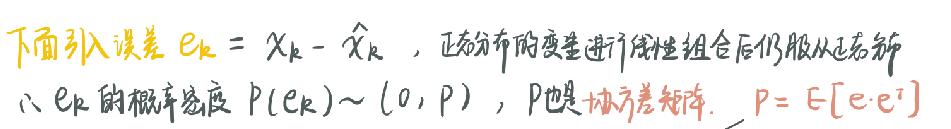
下面引入误差 \(e_k = x_k - \hat{x}_k\) ，正态分布的变量进行线性组合后仍服从正态分布
\(\therefore e_k\) 的概率密度 \(P(e_k)\sim(0, P)\) ， \(P\) 也是协方差矩阵. \(P = E[e\cdot e^T]\)